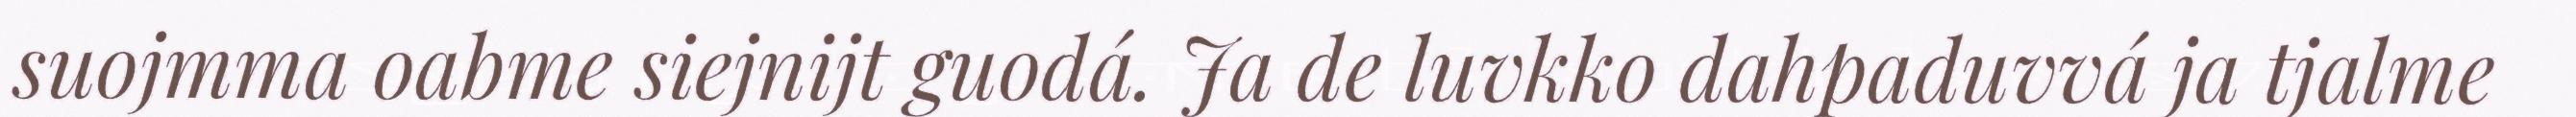
suojmma oabme siejnijt guodá. Ja de luvkko dahpaduvvá ja tjalme